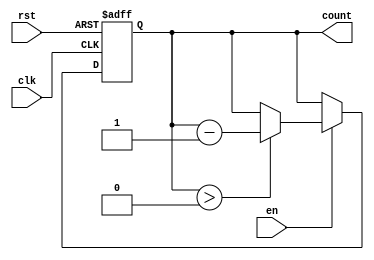
module decremental_counter #(
    parameter MAX_COUNT = 15,  // Maximum count value
    parameter WIDTH = 4         // Bit width for the counter
)(
    input wire clk,             // Clock input
    input wire rst,             // Reset input (active-high)
    input wire en,              // Enable input (active-high)
    output reg [WIDTH-1:0] count // Count output
);

    // Initialize the counter to the maximum count value
    initial begin
        count = MAX_COUNT;
    end

    // Asynchronous reset and decrement logic
    always @(posedge clk or posedge rst) begin
        if (rst) begin
            count <= MAX_COUNT;  // Reset the counter to the maximum count
        end else if (en) begin
            if (count > 0) begin
                count <= count - 1;  // Decrement the counter
            end
            // If count is 0, do nothing to prevent underflow
        end
    end

endmodule